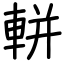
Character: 軿